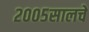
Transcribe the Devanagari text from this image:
२००५सालचे